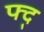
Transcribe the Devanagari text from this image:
फ्द्